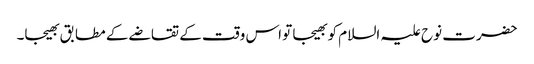
حضرت نوح علیہ السلام کو بھیجا تو اس وقت کے تقاضے کے مطابق بھیجا۔